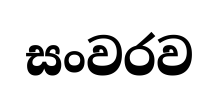
සංවරව